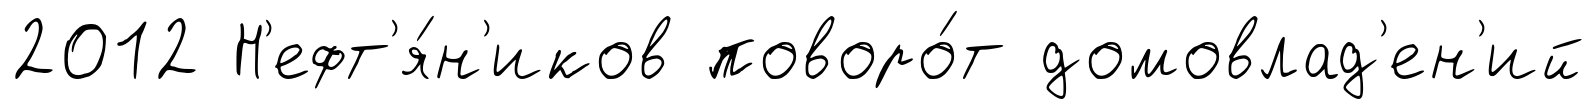
2012 Н'ефт'я́н'иков поворо́т домовлад'ен'ий